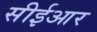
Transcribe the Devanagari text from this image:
सीईआर